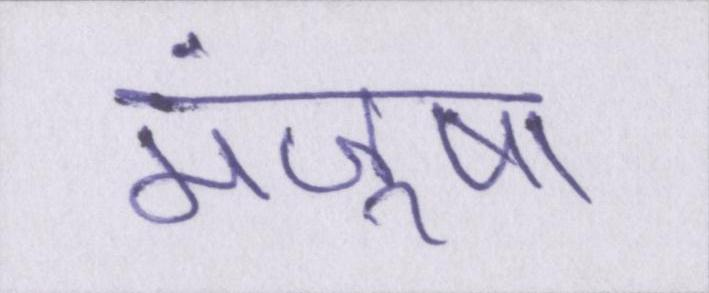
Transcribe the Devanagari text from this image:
मंजूषा